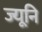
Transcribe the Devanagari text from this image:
ज्यूनि